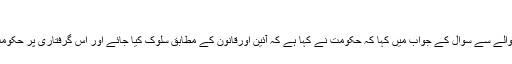
انہوں نے عبد
العلیم خان کی گرفتاری کے حوالے سے سوال کے جواب میں کہا کہ حکومت نے کہا ہے کہ آئین اورقانون کے مطابق سلوک کیا جائے اور اس گرفتاری پر حکومت نے کوئی احتجاج نہیں کیا ۔